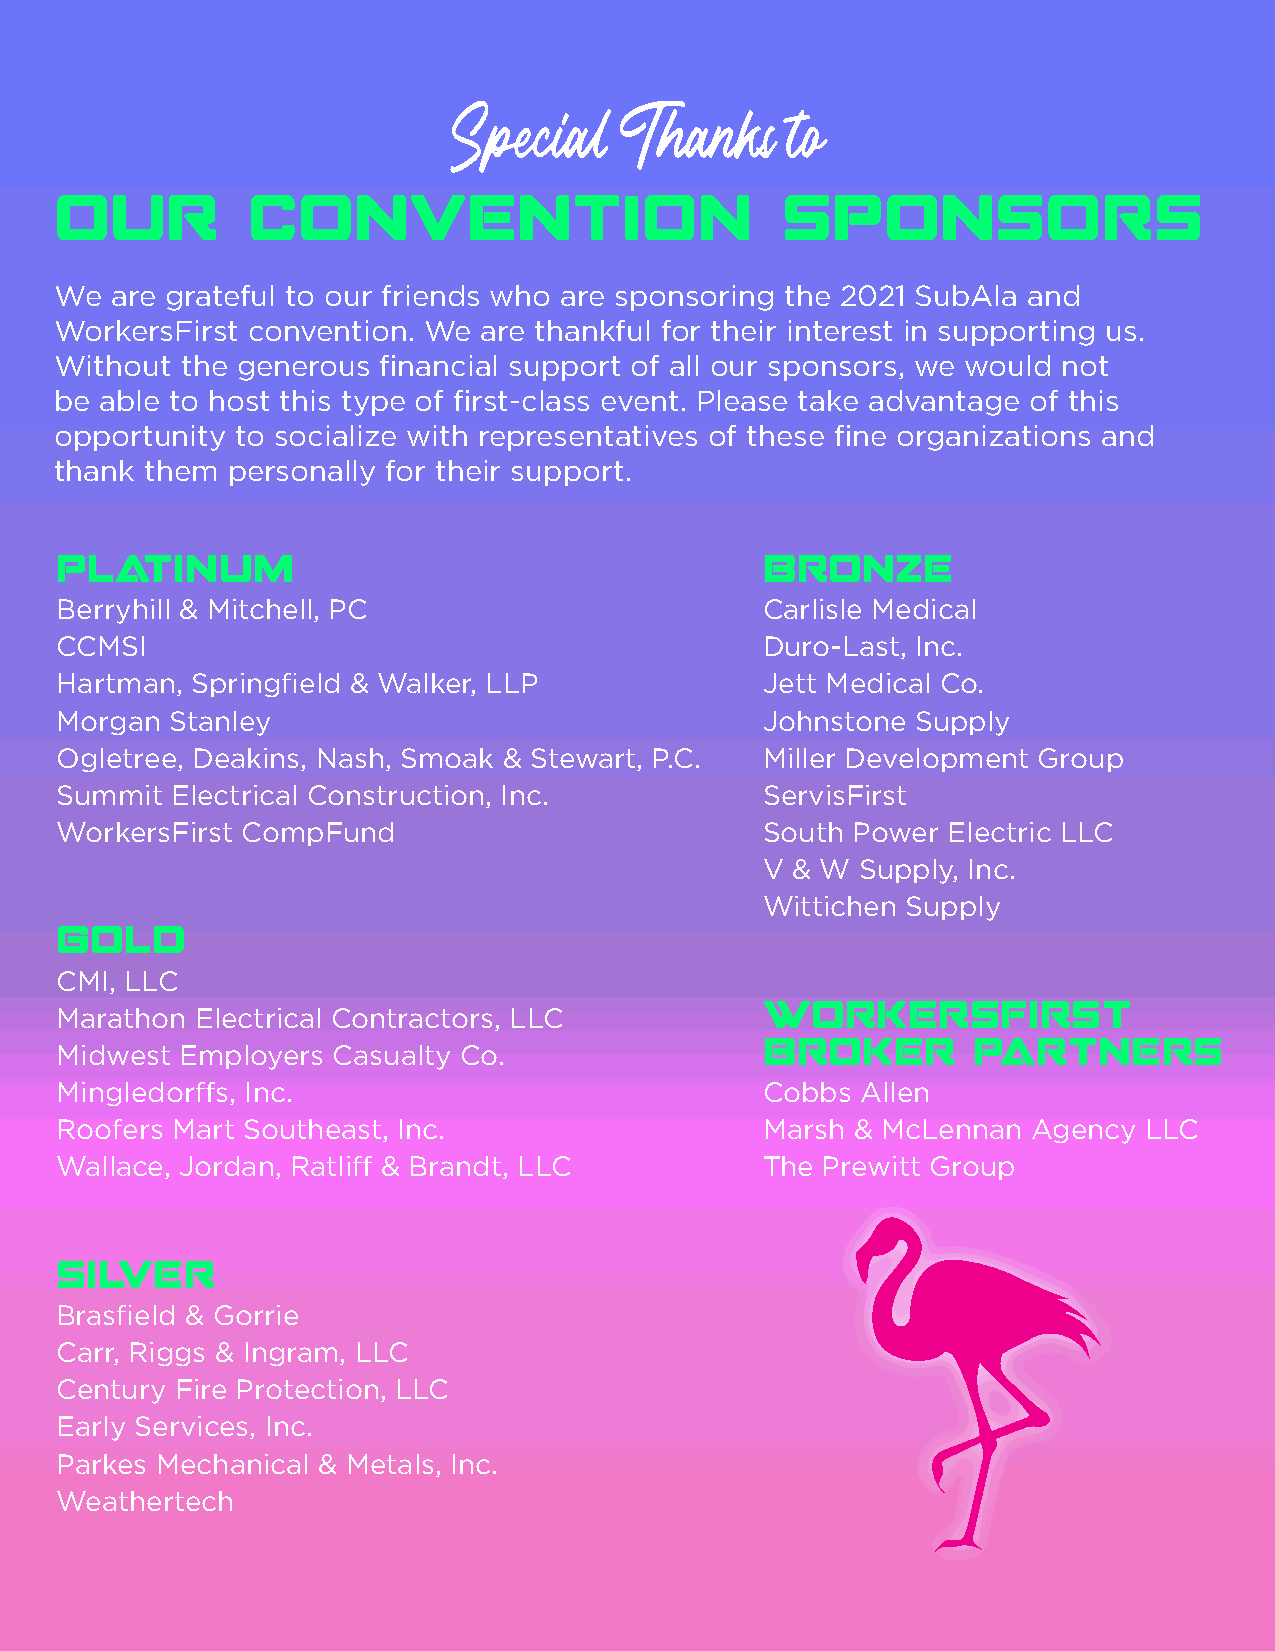
Special    Thanks     to
 OUR         CONVENTION                          SPONSORS
 We are grateful to our friends who are sponsoring the 2021 SubAla and
 WorkersFirst convention. We are thankful for their interest in supporting us.
 Without the generous financial support of all our sponsors, we would not
 be able to host this type of first-class event. Please take advantage of this
 opportunity to socialize with representatives of these fine organizations and
 thank them personally for their support.
 PLATINUM                                      BRONZE
 Berryhill & Mitchell, PC                      Carlisle Medical
 CCMSI                                         Duro-Last, Inc.
 Hartman, Springfield & Walker, LLP            Jett Medical Co.
 Morgan Stanley                                Johnstone  Supply
 Ogletree, Deakins, Nash, Smoak & Stewart, P.C. Miller Development Group
 Summit Electrical Construction, Inc.          ServisFirst
 WorkersFirst CompFund                         South Power  Electric LLC
 V & W  Supply, Inc.
 Wittichen Supply
 GOLD
 CMI, LLC
 WORKERSFIRST
 Marathon Electrical Contractors, LLC
 BROKER        PARTNERS
 Midwest Employers Casualty Co.
 Mingledorffs, Inc.                            Cobbs  Allen
 Roofers Mart Southeast, Inc.                  Marsh  & McLennan Agency  LLC
 Wallace, Jordan, Ratliff & Brandt, LLC        The Prewitt Group
 SILVER
 Brasfield & Gorrie
 Carr, Riggs & Ingram, LLC
 Century Fire Protection, LLC
 Early Services, Inc.
 Parkes Mechanical & Metals, Inc.
 Weathertech